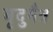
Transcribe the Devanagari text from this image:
मृदुमैत्र